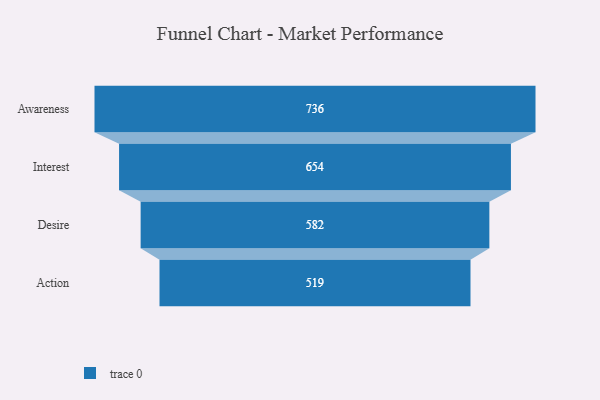
{"axis": {"x": "Stage", "y": "Value"}, "legend": [""], "data": [{"x": "Awareness", "y": 736.0, "type": ""}, {"x": "Interest", "y": 654.0, "type": ""}, {"x": "Desire", "y": 582.0, "type": ""}, {"x": "Action", "y": 519.0, "type": ""}]}